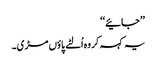
’’جائیے‘‘
یہ کہہ کر وہ اُلٹے پاؤں مڑی۔